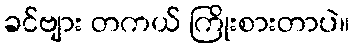
ခင်ဗျား တကယ် ကြိုးစားတာပဲ။